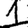
Digit: 1